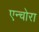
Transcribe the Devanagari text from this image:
एन्चोरा